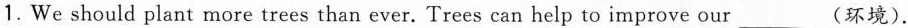
1. We should plant more trees than ever. Trees can help to improve our___(环境).